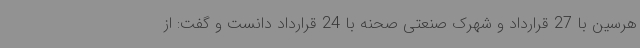
هرسین با 27 قرارداد و شهرک صنعتی صحنه با 24 قرارداد دانست و گفت: از